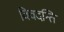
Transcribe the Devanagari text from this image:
विवदन्ति